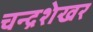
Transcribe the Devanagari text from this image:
चन्‍द्रशेखर